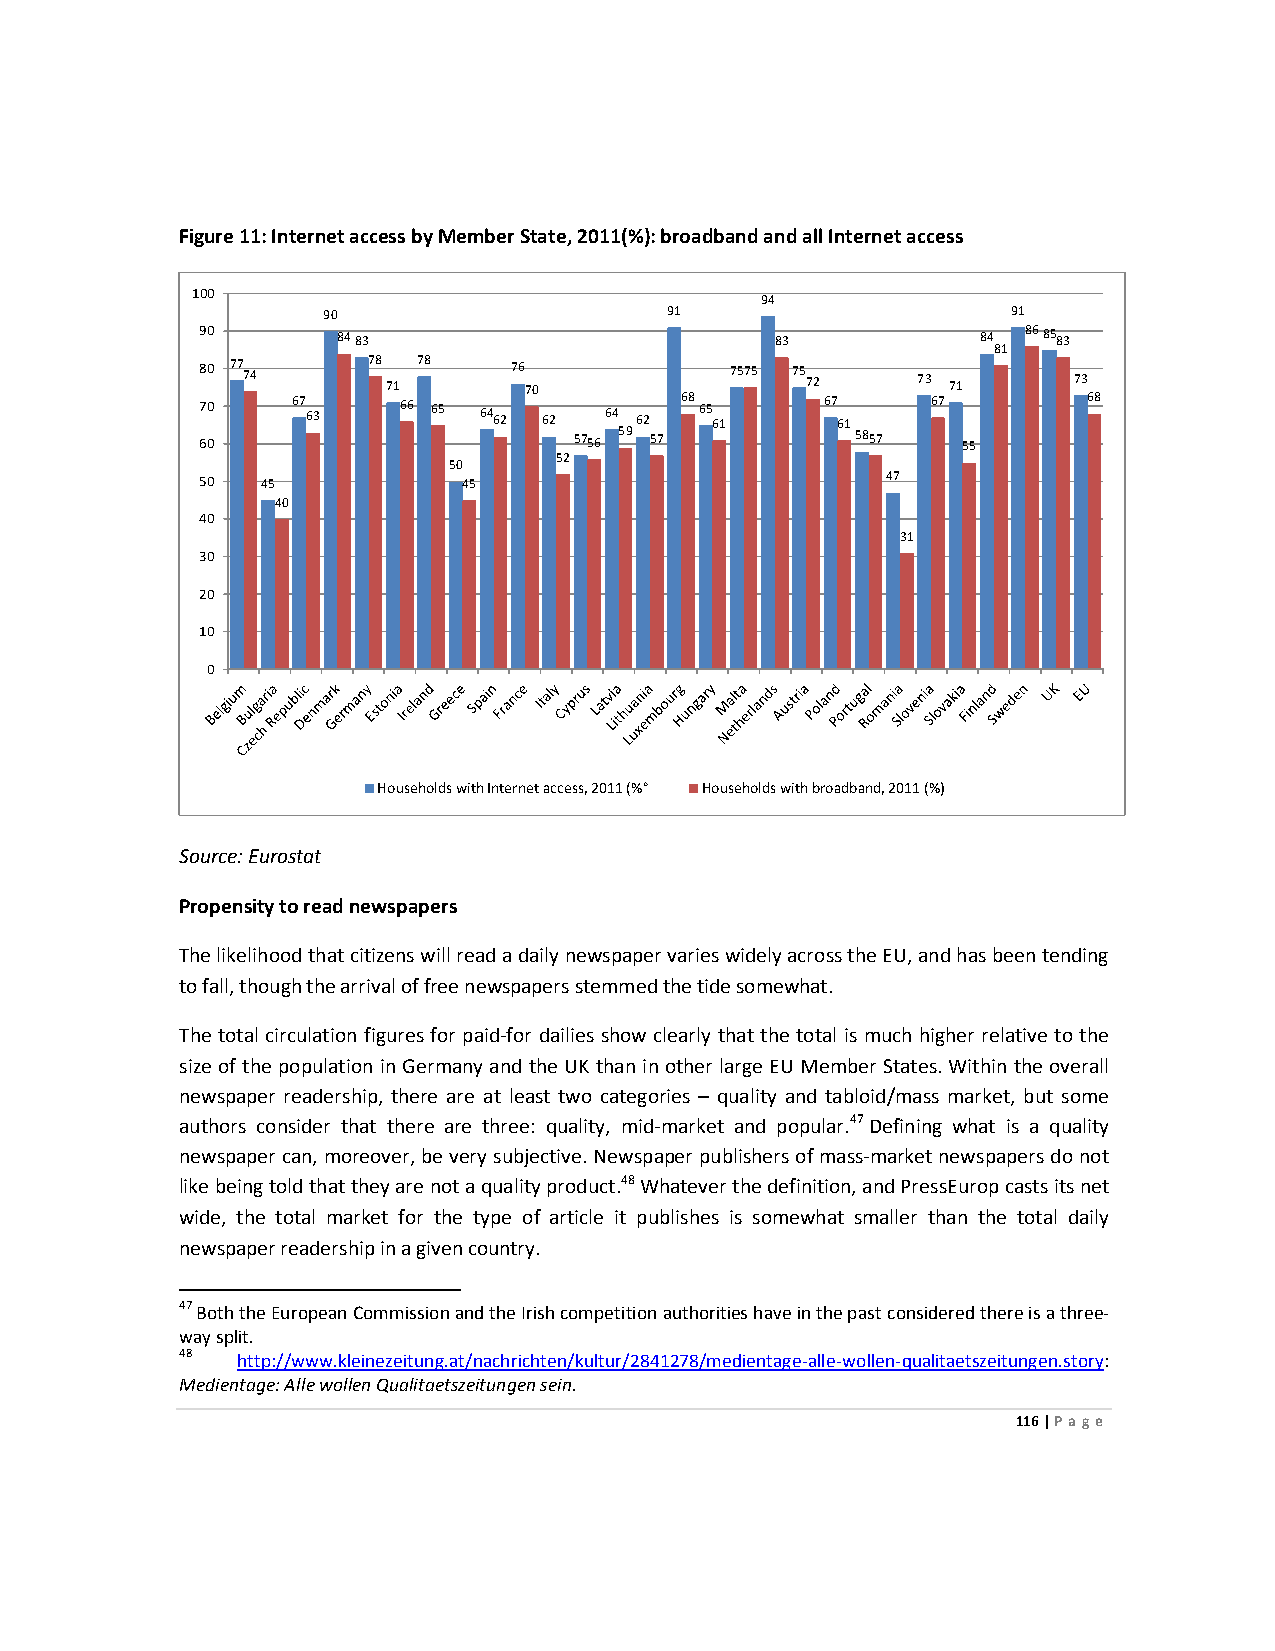
Figure 11: Internet access by Member State, 2011(%): broadband and all Internet access
 100
 94
 90                     91                     91
 90
 8483                         83            84
 8685
 83
 81
 80 77 74   78 71 78  76 70         7575 75 72   73 71     73
 70    67 63  66 65 64 62 62 64 62 68 65 61 67 61 67        68
 60                       5756 59 57         5857   55
 52
 50
 50  45            45                          47
 40
 40
 31
 30
 20
 10
 0
 Households with Internet access, 2011 (%° Households with broadband, 2011 (%)
 Source: Eurostat
 Propensity to read newspapers
 The likelihood that citizens will read a daily newspaper varies widely across the EU, and has been tending
 to fall, though the arrival of free newspapers stemmed the tide somewhat.
 The total circulation figures for paid-for dailies show clearly that the total is much higher relative to the
 size of the population in Germany and the UK than in other large EU Member States. Within the overall
 newspaper readership, there are at least two categories – quality and tabloid/mass market, but some
 authors consider that there are three: quality, mid-market and popular.47 Defining what is a quality
 newspaper can, moreover, be very subjective. Newspaper publishers of mass-market newspapers do not
 like being told that they are not a quality product.48 Whatever the definition, and PressEurop casts its net
 wide, the total market for the type of article it publishes is somewhat smaller than the total daily
 newspaper readership in a given country.
 47 Both the European Commission and the Irish competition authorities have in the past considered there is a three-
 way split.
 48  http://www.kleinezeitung.at/nachrichten/kultur/2841278/medientage-alle-wollen-qualitaetszeitungen.story:
 Medientage: Alle wollen Qualitaetszeitungen sein.
 116 | Page